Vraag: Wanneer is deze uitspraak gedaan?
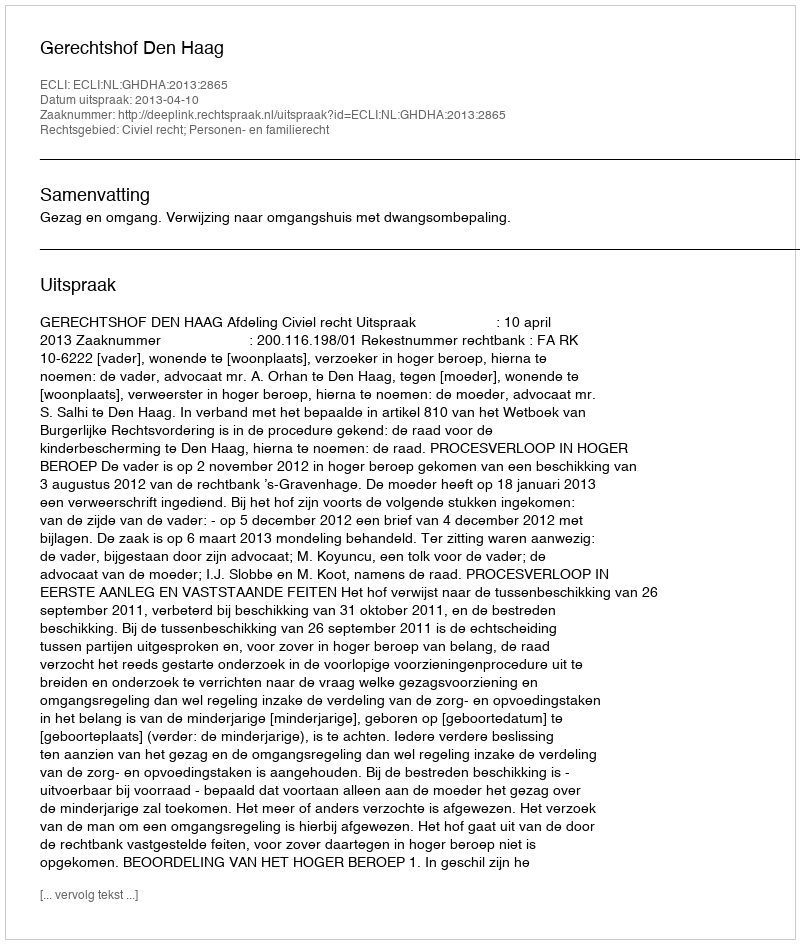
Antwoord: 2013-04-10